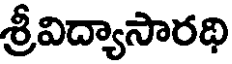
శ్రీవిద్యాసారథి